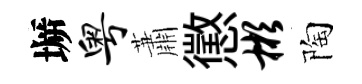
󶱲粤蕭懲彬陶